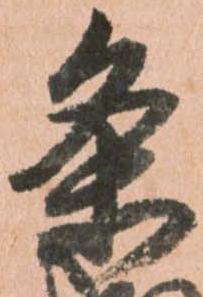
条